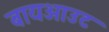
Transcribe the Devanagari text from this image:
बायआउट